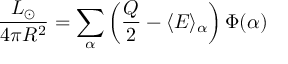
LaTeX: \frac { L _ { \odot } } { 4 \pi R ^ { 2 } } = \sum _ { \alpha } \left( \frac { Q } { 2 } - \langle { E } \rangle _ { \alpha } \right) \Phi ( \alpha )